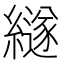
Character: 繸